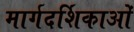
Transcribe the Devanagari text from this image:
मार्गदर्शिकाओं